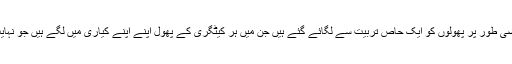
اس باغ میں حصوصی طور پر پھولوں کو ایک حاص تربیت سے لگائے گئے ہیں جن میں ہر کیٹگری کے پھول اپنے اپنے کیاری میں لگے ہیں جو نہایت اچھے لگتے ہیں۔